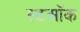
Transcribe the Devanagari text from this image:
स्टऑक